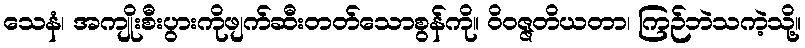
သေနံ၊ အကျိုးစီးပွားကိုဖျက်ဆီးတတ်သောစွန်ကို။ ဝိဝဇ္ဇတိယတာ၊ ကြဉ်ဘဲသကဲ့သို့။